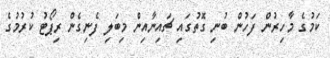
ކަމުގެ މާހިރުން ފަހުން ބުނި ގޮތުގައި ޗައިނާއިން މިބަލި ފެނިގެން ރިޕޯޓު ކުރުމުގެ